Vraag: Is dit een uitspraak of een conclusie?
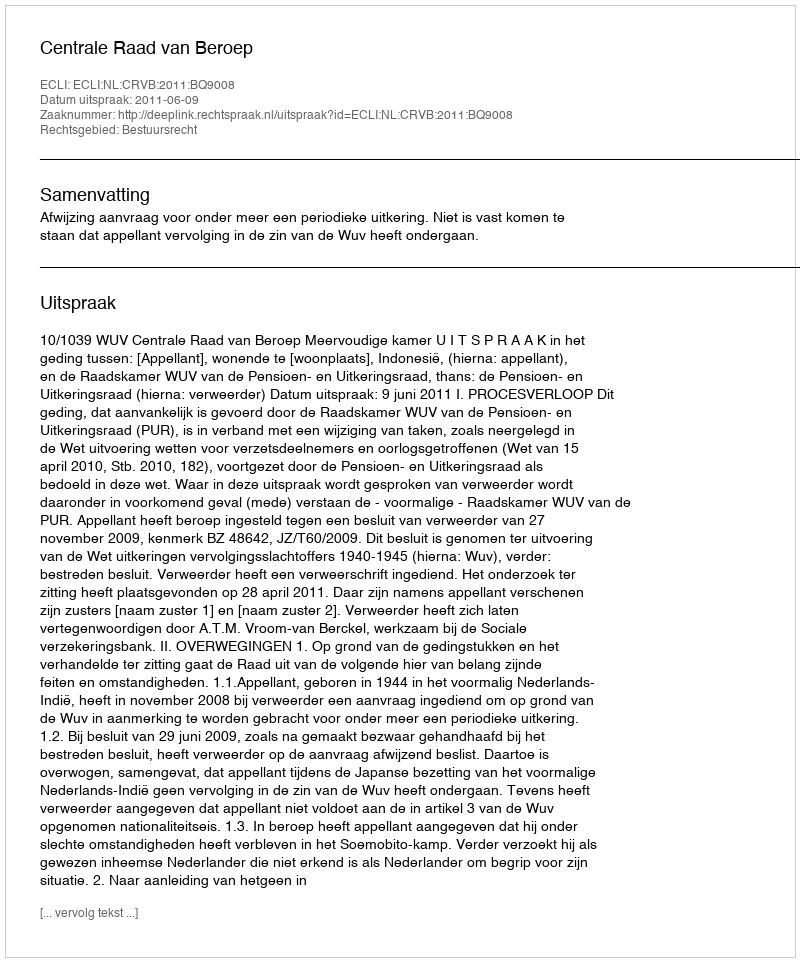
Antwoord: Uitspraak